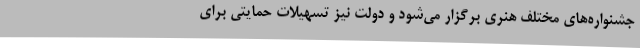
جشنواره‌های مختلف هنری برگزار می‌شود و دولت نیز تسهیلات حمایتی برای